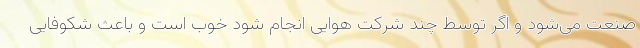
صنعت می‌شود و اگر توسط چند شرکت هوایی انجام شود خوب است و باعث شکوفایی